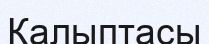
Қалыптасы